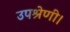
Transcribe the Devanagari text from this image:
उपश्रेणी।